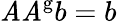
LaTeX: \mathit{A}\mathit{A}^{\mathrm{{g}}}b=b